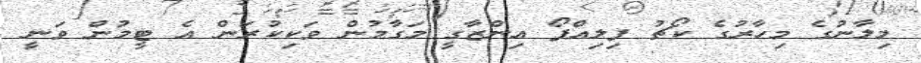
މިލާނުގެ މިހާރުގެ ކޯޗު ފިލިއްޕޯ އިންޒާގީ މަގާމުން ވަކިކުރަން އެ ޓީމުން ވަނީ